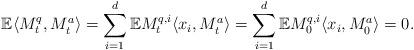
LaTeX: \begin{align*} \mathbb E \langle M^q_t, M^a_t \rangle = \sum_{i=1}^d\mathbb E M^{q, i}_t\langle x_i, M^a_t\rangle = \sum_{i=1}^d\mathbb E M^{q, i}_0\langle x_i, M^a_0\rangle = 0. \end{align*}